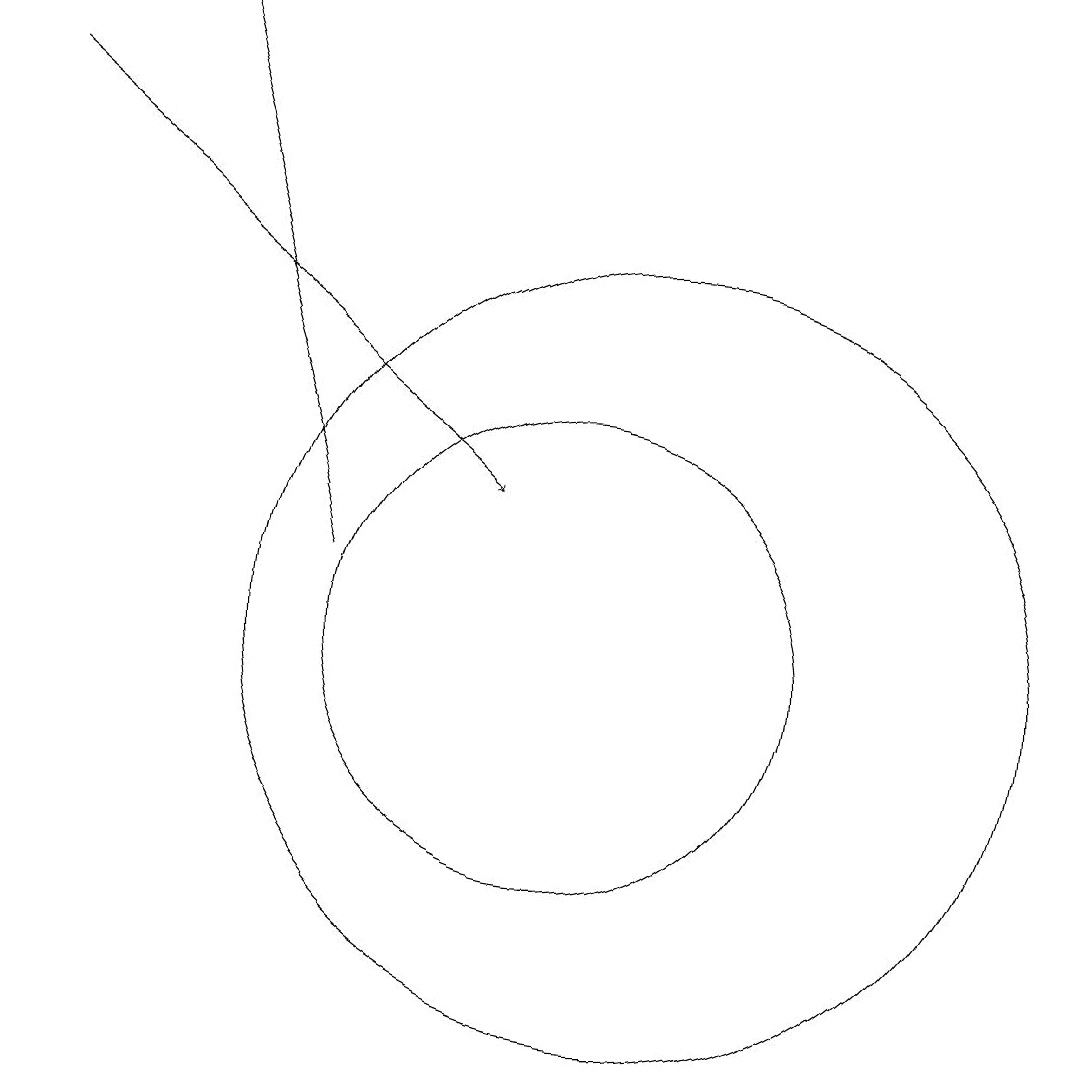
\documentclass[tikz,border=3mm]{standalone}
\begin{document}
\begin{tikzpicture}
\draw[->] (7,12) -- (5,19);
\draw (11,11) circle (5);
\draw[->] (3,18) -- (9,13);
\draw (10,11) circle (3);
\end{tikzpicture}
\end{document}